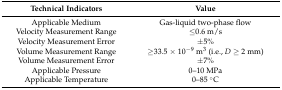
<table><thead><tr><td><b>Technical Indicators</b></td><td><b>Value</b></td></tr></thead><tbody><tr><td>Applicable Medium</td><td>Gas-liquid two-phase flow</td></tr><tr><td>Velocity Measurement Range</td><td>≤0.6 m/s</td></tr><tr><td>Velocity Measurement Error</td><td>±5%</td></tr><tr><td>Volume Measurement Range</td><td>≥33.5 × 10<sup>−9</sup> m<sup>3</sup> (i.e., <i>D</i> ≥ 2 mm)</td></tr><tr><td>Volume Measurement Error</td><td>±7%</td></tr><tr><td>Applicable Pressure</td><td>0–10 MPa</td></tr><tr><td>Applicable Temperature</td><td>0–85 °C</td></tr></tbody></table>